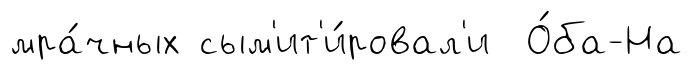
мра́чных сым'ит'и́ровал'и О́ба-На